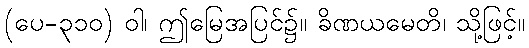
(ပေ-၃၁၀) ဝါ၊ ဤမြေအပြင်၌။ ခိဏယမေတိ၊ သို့ဖြင့်။